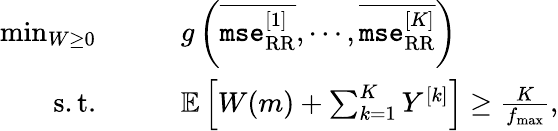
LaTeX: \begin{array}{rl}{\operatorname*{min}_{W\geq 0}}&{\qquad g\left(\overline{{\texttt{mse}_{\mathrm{RR}}^{[1]}}},\cdots,\overline{{\texttt{mse}_{\mathrm{RR}}^{[K]}}}\right)}\\ {\mathrm{s.t.}}&{\qquad{\mathbb{E}}\left[W(m)+\sum_{k=1}^{K}Y^{[k]}\right]\geq\frac{K}{f_{\operatorname*{max}}},}\end{array}